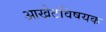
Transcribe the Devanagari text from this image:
आखेटविषयक